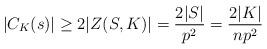
LaTeX: \begin{align*}|C_K(s)| \geq 2|Z(S,K)| = \frac{2|S|}{p^2} = \frac{2|K|}{np^2}\end{align*}